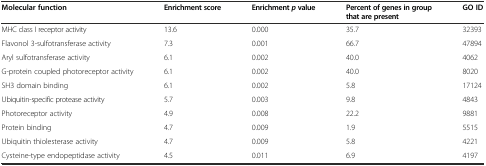
| Molecular function | Enrichment score | Enrichmentpvalue | Percent of genes in group that are present | GO ID |
 | --- | --- | --- | --- | --- |
 | MHC class I receptor activity | 13.6 | 0.000 | 35.7 | 32393 |
 | Flavonol 3-sulfotransferase activity | 7.3 | 0.001 | 66.7 | 47894 |
 | Aryl sulfotransferase activity | 6.1 | 0.002 | 40.0 | 4062 |
 | G-protein coupled photoreceptor activity | 6.1 | 0.002 | 40.0 | 8020 |
 | SH3 domain binding | 6.1 | 0.002 | 5.8 | 17124 |
 | Ubiquitin-specific protease activity | 5.7 | 0.003 | 9.8 | 4843 |
 | Photoreceptor activity | 4.9 | 0.008 | 22.2 | 9881 |
 | Protein binding | 4.7 | 0.009 | 1.9 | 5515 |
 | Ubiquitin thiolesterase activity | 4.7 | 0.009 | 5.8 | 4221 |
 | Cysteine-type endopeptidase activity | 4.5 | 0.011 | 6.9 | 4197 |